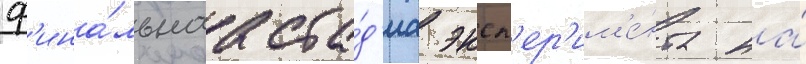
ф'ина́льнаа ста́д'иа эксп'ер'им'е́нта на́